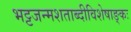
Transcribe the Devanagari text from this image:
भट्टजन्मशताब्दीविशेषाङ्कः